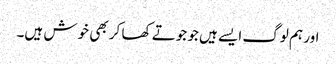
اور ہم لوگ ایسے ہیں جو جوتے کھا کر بھی خوش ہیں۔